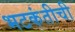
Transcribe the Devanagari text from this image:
भटकंतीची